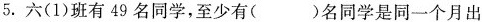
5.六(1)班有49名同学，至少有( )名同学是同一个月出